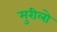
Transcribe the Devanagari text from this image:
मुरीलो